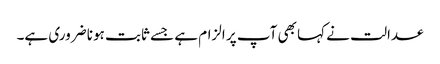
عدالت نے کہا بھی آپ پر الزام ہے جسے ثابت ہونا ضروری ہے۔